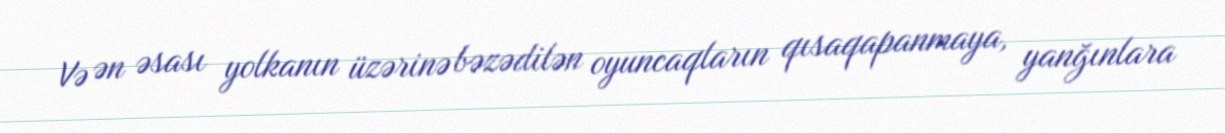
Və ən əsası yolkanın üzərinə bəzədilən oyuncaqların qısaqapanmaya, yanğınlara